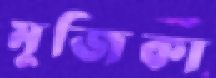
মুজিকা